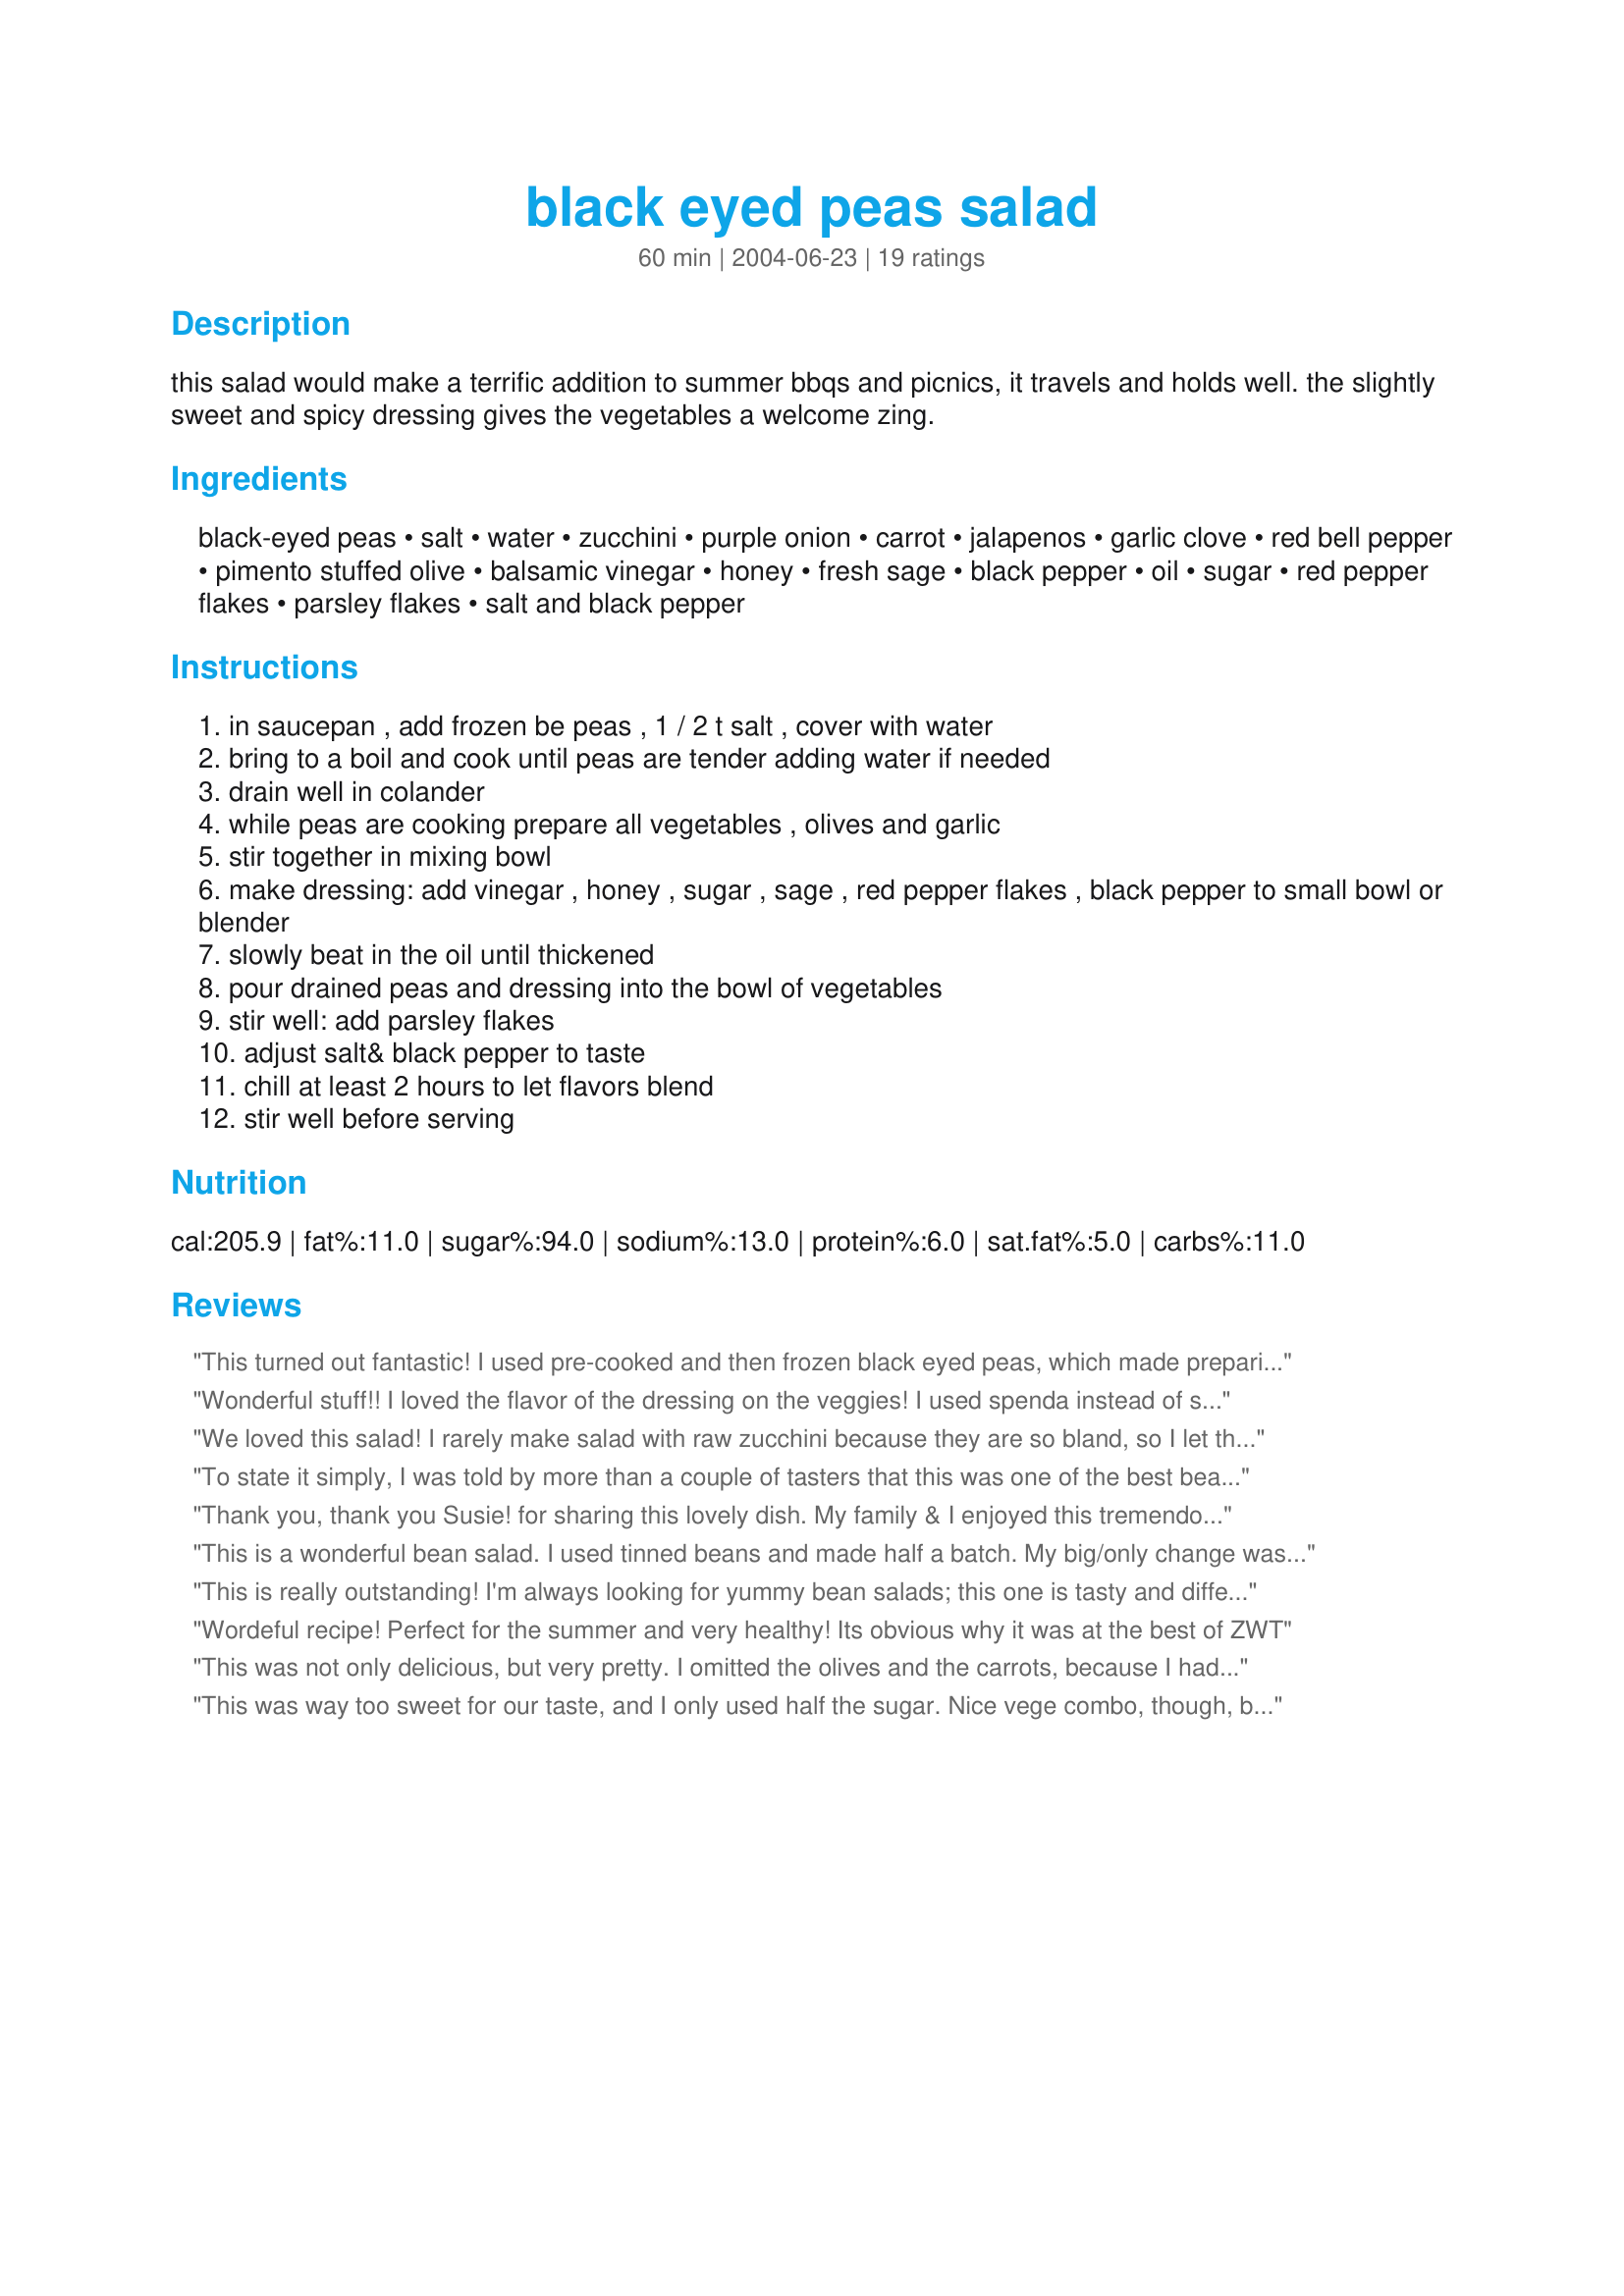
black eyed peas salad
Preparation time: 60 minutes

this salad would make a terrific addition to summer bbqs and picnics, it travels and holds well. the slightly sweet and spicy dressing gives the vegetables a welcome zing.

Ingredients:
black-eyed peas, salt, water, zucchini, purple onion, carrot, jalapenos, garlic clove, red bell pepper, pimento stuffed olive, balsamic vinegar, honey, fresh sage, black pepper, oil, sugar, red pepper flakes, parsley flakes, salt and black pepper

Steps:
in saucepan , add frozen be peas , 1 / 2 t salt , cover with water
bring to a boil and cook until peas are tender adding water if needed
drain well in colander
while peas are cooking prepare all vegetables , olives and garlic
stir together in mixing bowl
make dressing: add vinegar , honey , sugar , sage , red pepper flakes , black pepper to small bowl or blender
slowly beat in the oil until thickened
pour drained peas and dressing into the bowl of vegetables
stir well: add parsley flakes
adjust salt& black pepper to taste
chill at least 2 hours to let flavors blend
stir well before serving

Reviews:
This turned out fantastic! I used pre-cooked and then frozen black eyed peas, which made preparing this salad a breeze. Served with bread sticks for a light, cool supper on a hot night. The only change I made was to leave out the sugar. I found the dressing to be plenty sweet with just the honey and then I added just a tad bit of whole grain mustard for some tang. Thanks for posting this recipe, it is now in our 'to make again' list.
Wonderful stuff!! I loved the flavor of the dressing on the veggies! I used spenda instead of sugar...otherwise I followed the recipe. DH and I really enjoyed the heat.
Thanks Susie. Happy New Years!!
We loved this salad! I rarely make salad with raw zucchini because they are so bland, so I let this sit in the fridge for 12 hours for the flavours to &quot;ripen&quot;, and it was fabulous. I'll absolutely make this again. Made this in memory of our wonderful Susie D.
To state it simply, I was told by more than a couple of tasters that this was one of the best bean salads they had ever tasted! I made this pretty close to the way it was posted, except I did cheat a little. I steamed the frozen black-eyed peas in the microwave, which still took about 18 minutes. Surprisingly, my supermarket was out of jalapeno, so I substituted a serrano chile and 2 red chiles (that looked like jalapenos). I then used green bell pepper (instead of red). Besides taste, this salad looks lovely, with all the beautiful colors. The dressing has a great combination of unique touches (the sage especially). We look forward to enjoying this again! Made for Fall PAC 2012.
Thank you, thank you Susie! for sharing this lovely dish. My family & I enjoyed this tremendously, wish we could give you more than just 5*s. I didn't change a thing. I let it marinate for about 9 hours. A new famiy favourite, we love bean salad, but yours takes it steps above with the addition of vegetables, olives, fresh herbs, balsamic vinegar
and the sweet dressing. I love the spice combinations...Kudos
This is a wonderful bean salad. I used tinned beans and made half a batch. My big/only change was to eliminate the sugar. The honey was more than enough sweetening.
This is really outstanding! I'm always looking for yummy bean salads; this one is tasty and different. I actually used a 14-ounce can of black-eyed peas (with 3.5 servings listed on the label) and cut the recipe in half. I like the grated carrot in this; I pulled one right out of the garden and its sweetness was so perfect with the other ingredients. The green olives cut the sweetness of the dressing nicely; I had to add mine separately since the fiance doesn't like them, but he didn't miss them. Very nice contribution to RSC!!
Wordeful recipe! Perfect for the summer and very healthy! Its obvious why it was at the best of ZWT
This was not only delicious, but very pretty. I omitted the olives and the carrots, because I had none. Also had to use apple cider vinegar, because I could not get the balsamic open (darn arthritis). I tasted the dressing and added no sugar, the honey was enough for me. A good way to use the last zucchini and salsa peppers from my garden.
This was way too sweet for our taste, and I only used half the sugar. Nice vege combo, though, but I'll tweak the dressing significantly next time.
Mixed reviews...THE PICKY ONE & her friend didn't care for it (dd saw zucchini, friend didn't care for the sweet/sour), the 2 megavores loved it & i liked it. I think I'd like it better with scallions vs. red onion & less sugar. I used 1/2c but added more vinegar after tasting. A wonderful dish! I was surprised that it wasn't hotter than it was w/3 jalapenos. Thank you, Susie! Made for 5/08 Summer salads tag.
this was amazing and very colorful! i didnt use jalapenos and i totally omitted the sugar, but did everything else the same. it was lovely!
This tastes slightly different from what a bean salad would taste like, being sweet and lightly spicy. The olives and sage do give it a certain edge. There is plenty enough dressing to add a little bit more of something to the salad, be it more black eye peas, or whatever someone would want. Very good! Good luck in the contest!
Nice salad and easy to make. I took some of the other reviewers' advise and reduced the amount of sugar. I also reduced the amount of oil by about 1/3. My husband and I loved it, the kids were indifferent, but what do they know, they're kids. We will be having this salad again. THANK YOU.
An odd combination of ingredients, but they blend together so well. Followed to a T, but only added 1/4 c sugar and was happy with that level sweetness. Thanks for submitting such an attractive and tasty salad.
You know how much I love this salad,thanks for at last sharing the recipe with your mom.As we both know is hard to get one from you. Keep cooking my favorites, and I might get them all.
Colorful, sweet and spicy salad. I left out the stuffed olives (personal taste). The dressing recipe calls for 2/3 cup sugar along with 2 Tbs honey. I only added 3 Tbs sugar which was good for our taste.
I made this for my bridge group & it drew raves! The salad has a marvelous blend of tastes..sweet, hot, sour, and salty. The salad was still delicious the next day. I did cut the jalapeno to 1/2 a pepper because this group does't like fiery! Thanks for a great new dish!
I loved this sweet/spicey/ earthy salad. I would decrease the sugar a little next time,but possibly because I only used one jalapeno. Thanks for posting!
